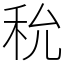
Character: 𥝲